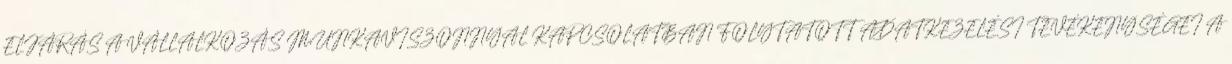
ELJÁRÁS A VÁLLALKOZÁS MUNKAVISZONNYAL KAPCSOLATBAN FOLYTATOTT ADATKEZELÉSI TEVÉKENYSÉGEI A